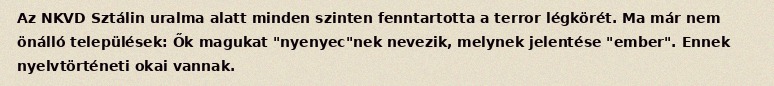
Az NKVD Sztálin uralma alatt minden szinten fenntartotta a terror légkörét. Ma már nem önálló települések: Ők magukat "nyenyec"nek nevezik, melynek jelentése "ember". Ennek nyelvtörténeti okai vannak.